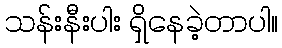
သန်းနီးပါး ရှိနေခဲ့တာပါ။